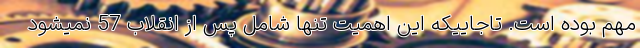
مهم بوده است. تاجاییکه این اهمیت تنها شامل پس از انقلاب 57 نمیشود